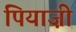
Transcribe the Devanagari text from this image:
पियाज़ी